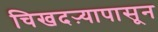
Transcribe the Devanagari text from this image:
चिखदऱ्यापासून